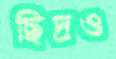
ছিদ্রও